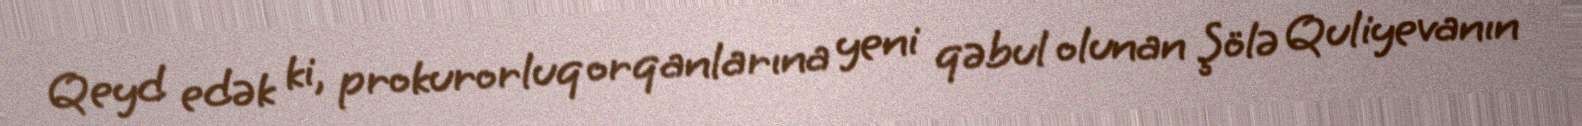
Qeyd edək ki, prokurorluq orqanlarına yeni qəbul olunan Şölə Quliyevanın